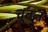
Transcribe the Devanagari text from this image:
चूवन